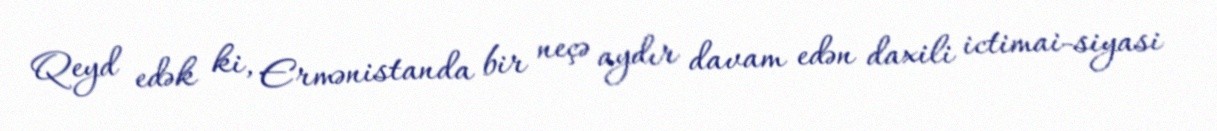
Qeyd edək ki, Ermənistanda bir neçə aydır davam edən daxili ictimai-siyasi